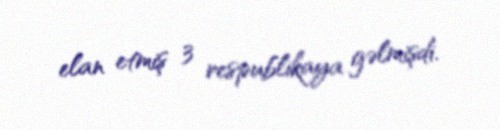
elan etmiş 3 respublikaya gəlmişdi.